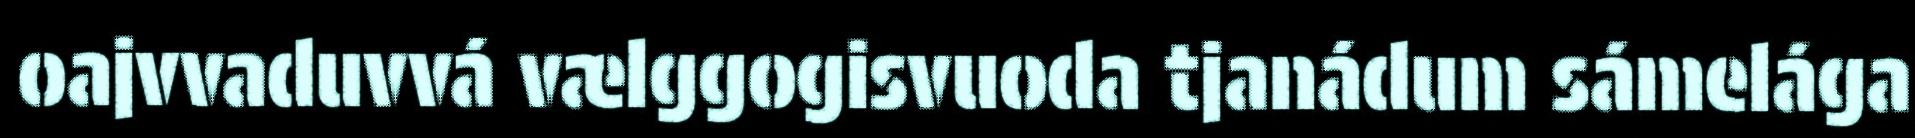
oajvvaduvvá vælggogisvuoda tjanádum sámelága